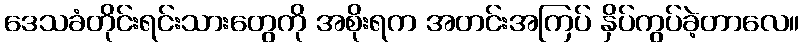
ဒေသခံတိုင်းရင်းသားတွေကို အစိုးရက အတင်းအကြပ် နှိပ်ကွပ်ခဲ့တာလေ။